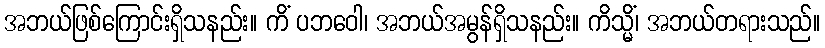
အဘယ်ဖြစ်ကြောင်းရှိသနည်း။ ကိံ ပဘဝေါ၊ အဘယ်အမွန်ရှိသနည်း။ ကိသ္မိံ၊ အဘယ်တရားသည်။